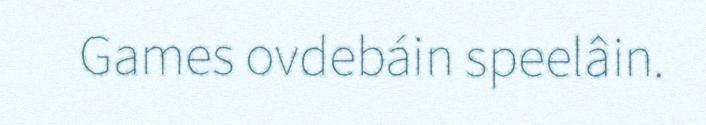
Games ovdebáin speelâin.